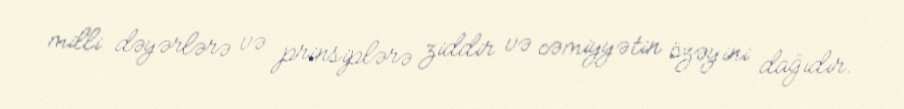
milli dəyərlərə və prinsiplərə ziddir və cəmiyyətin özəyini dağıdır.